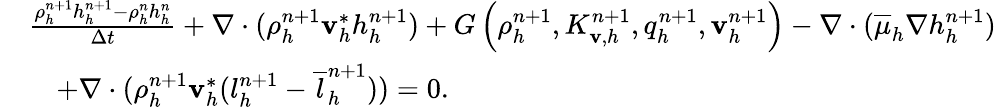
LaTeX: \begin{array}{rl}&{\frac{\rho_{h}^{n+1}h_{h}^{n+1}-\rho_{h}^{n}h_{h}^{n}}{\Delta t}+\nabla\cdot(\rho_{h}^{n+1}\mathbf v_{h}^{*}h_{h}^{n+1})+G\left(\rho_{h}^{n+1},K_{\mathbf v,h}^{n+1},q_{h}^{n+1},\mathbf v_{h}^{n+1}\right)-\nabla\cdot(\overline{{\mu}}_{h}\nabla{h}_{h}^{n+1})}\\ &{\quad+\nabla\cdot(\rho_{h}^{n+1}\mathbf v_{h}^{*}(l_{h}^{n+1}-\overline{{l}}_{h}^{n+1}))=0.}\end{array}